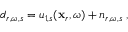
d _ { r , \omega , s } = u _ { 1 , s } ( \mathbf { x } _ { r } , \omega ) + n _ { r , \omega , s } \; ,